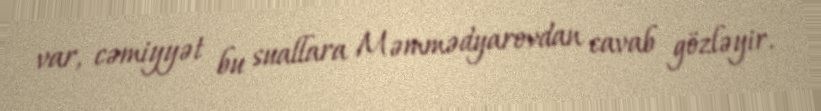
var, cəmiyyət bu suallara Məmmədyarovdan cavab gözləyir.